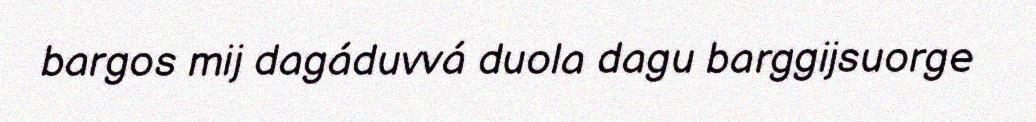
bargos mij dagáduvvá duola dagu barggijsuorge